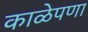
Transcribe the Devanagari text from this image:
काळेपणा